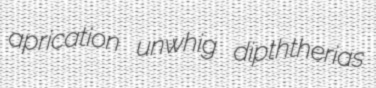
aprication unwhig dipththerias